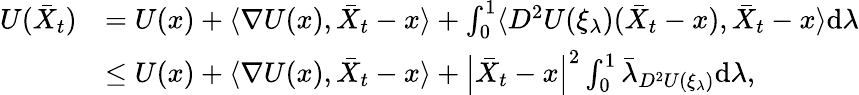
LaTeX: \begin{array}{rl}{U(\bar{X}_{t})}&{=U(x)+\langle\nabla U(x),\bar{X}_{t}-x\rangle+\int_{0}^{1}\langle D^{2}U(\xi_{\lambda})(\bar{X}_{t}-x),\bar{X}_{t}-x\rangle\mathrm{d}\lambda}\\ &{\le U(x)+\langle\nabla U(x),\bar{X}_{t}-x\rangle+\left|\bar{X}_{t}-x\right|^{2}\int_{0}^{1}\bar{\lambda}_{D^{2}U(\xi_{\lambda})}\mathrm{d}\lambda,}\end{array}